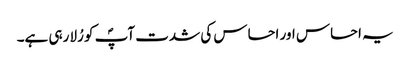
یہ احساس اور احساس کی شدت آپؐ کو رُلا رہی ہے۔